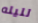
لليله